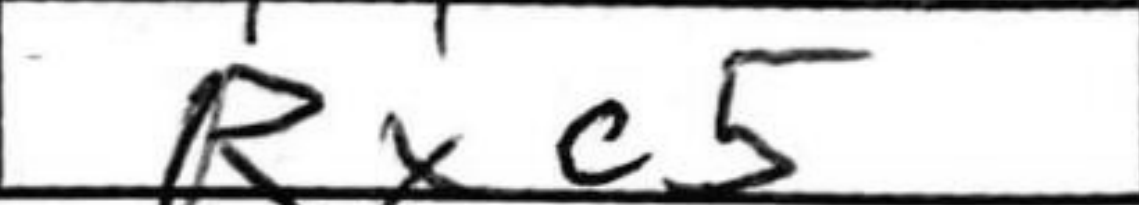
Transcription: Rxc5